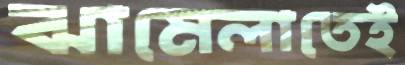
ঝামেলাতেই